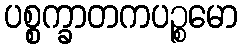
ပစ္စက္ခာတကပဉ္စမော